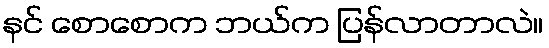
နင် စောစောက ဘယ်က ပြန်လာတာလဲ။